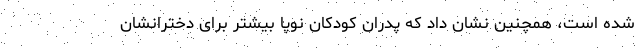
شده است، همچنین نشان داد که پدران کودکان نوپا بیشتر برای دخترانشان